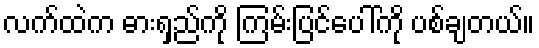
လက်ထဲက ဓားရှည်ကို ကြမ်းပြင်ပေါ်ကို ပစ်ချတယ်။